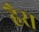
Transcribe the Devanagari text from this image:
हैरा